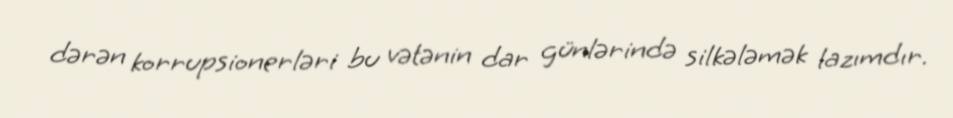
dərən korrupsionerləri bu vətənin dar günlərində silkələmək lazımdır.